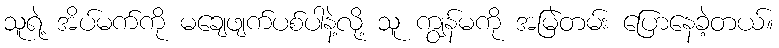
သူရဲ့ အိပ်မက်ကို မချေဖျက်ပစ်ပါနဲ့လို့ သူ ကျွန်မကို အမြဲတမ်း ပြောနေခဲ့တယ်။